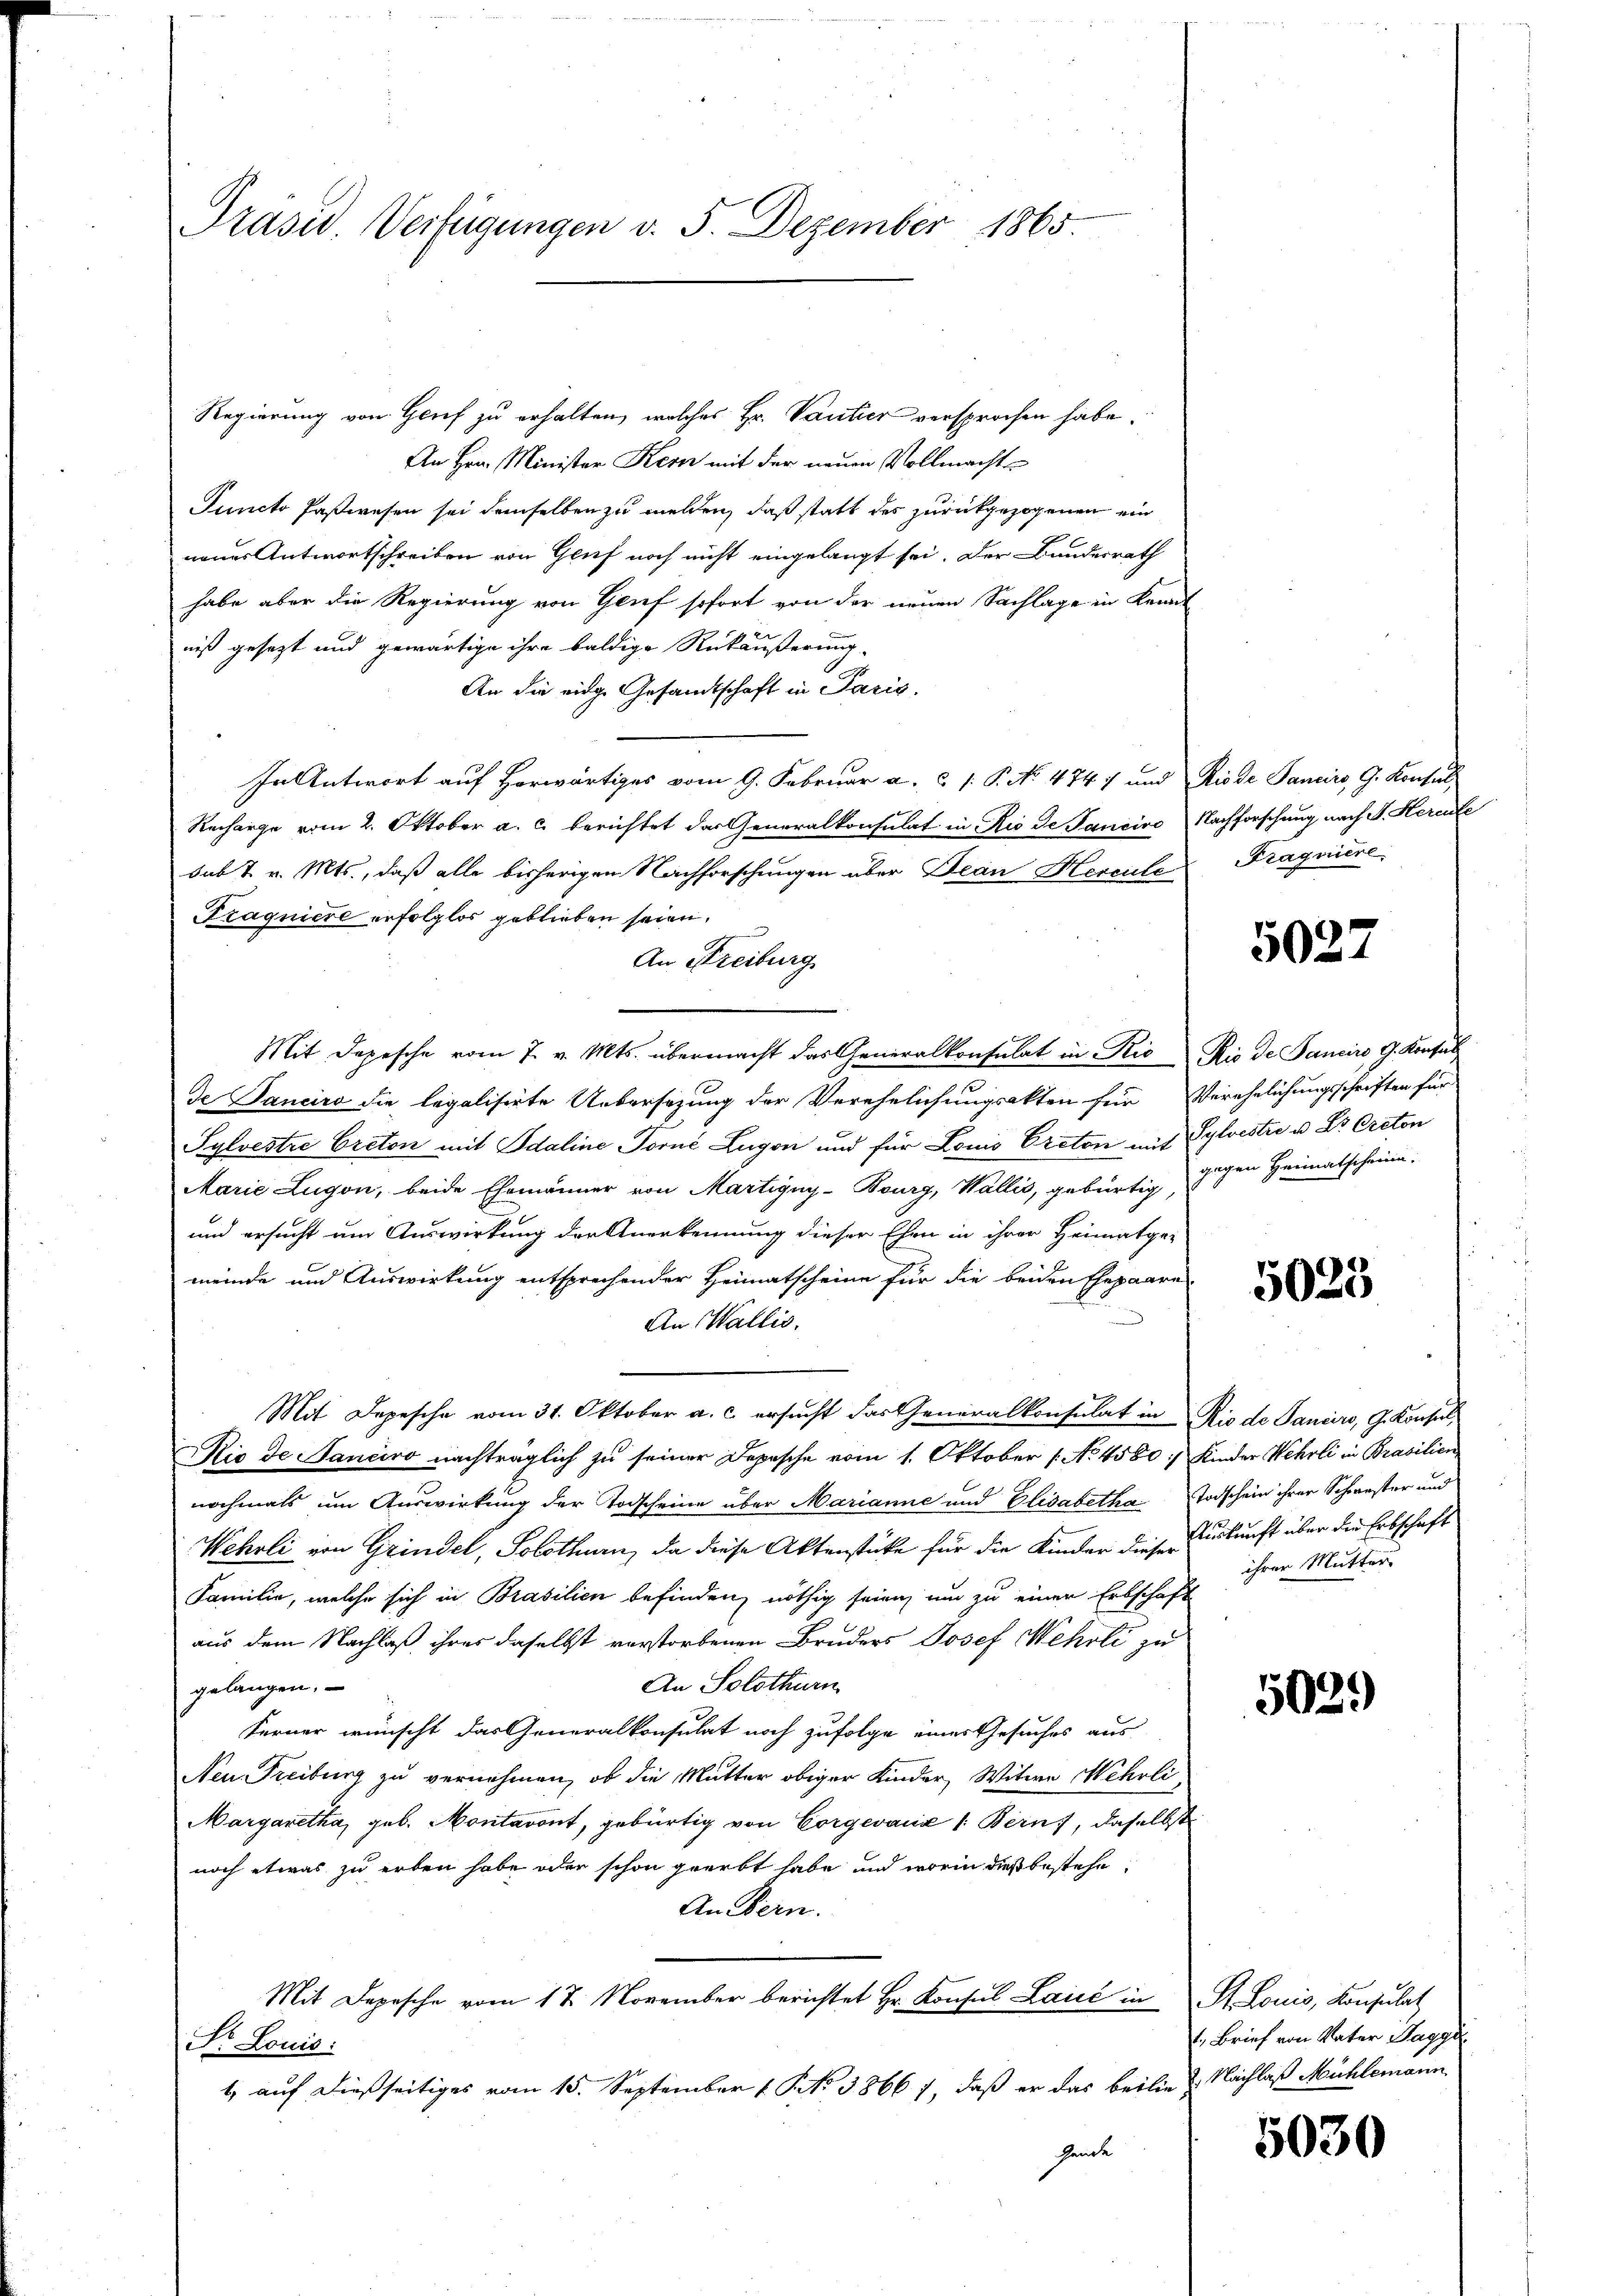
Präsid. Verfügungen v. 5. Dezember 1865.

Regierung von Grief zu erhalten, welches Hr. Vantier versprochen habe.
An Hrn. Minister Kern mit der neuen Vollmachte
Puncto Paßwesen sei demselben zu melden, daß statt des zurückgezogenen ein
neuer Antwortschreiben von Gruf noch nicht eingelangt sei. Der Bundesrath
habe aber die Regierung von Grief sofort von der neuen Sachlage in Kennt
niß gesetzt und gewärtige ihre baldige Rückäußerung
An die eige Gesandtschaft in Paris.
In Antwort auf Herwärtiges vom 9. Februar a. c. /: P. No. 4747 und Riode Sancirs, G. Konsul¬
Recharge vom 2. Oktober a. c. berichtet der Generalkonsulat in Rio de Panciro Nachforschung nach F. Herute
sub t v. Mts., daß alle bisherigen Nachforschungen über Dean Hercule
Tragniere erfolglos geblieben seien.
An Freiburg
Mit Depesche vom 7. v. Mts. übermacht das Generalkonsulat in Rio Rio de Pancirs, G. Konsul
de Sanciro die legalisirte Uebersezung der Verehelichungsakten für Verehelichungsschriften für
Sylvestre Creton mit Adaline Torné Lugon und für Louis Creton mit Sylvestie u. Dr Arcton
Marie Zugon, beide Ehemänner von Martigny-Bourg, Wallis, gebürtig, gegen Heimatscheine
und ersucht um Auswirkung der Anerkennung dieser Ehen in ihrer Heimatge-
meinde und Auswirkung entsprechender Heimatscheine für die beiden Ehepaare
An Wallis.
Mit Depesche vom 31. Oktober a. c. ersucht das Generalkonsulat in Rio de Sanciers, G. Konsul¬
Rio de Sanciro nachträglich zu seiner Depesche vom 1. Oktober [No 4580: Kinder Wehrli in Brasilien
nochmals um Auswirkung der Todscheine über Marianne und Elisabetha Todschein ihrer Schwester und
Wehrli von Grindel, Solothurn, da diese Aktenstücke für die Kinder dieser Auskunft über die Erbschaft
Familie, welche sich in Brasilien befinden, nöthig seien um zu einen Erbschaft
aus dem Nachlaß ihres daselbst verstorbenen Bruders Josef Wehrli zu
An Solothurn
gelangen.
Ferner wünscht das Generalkonsulat noch zufolge einer Gesuches aus
Nen Freiburg zu vernehmen, ob die Mutter obiger Kinder, Witwe Wehrli,
Margaretha, geb. Montarent, gebürtig von Corgevanić 1: Bern, daselbst
noch etwas zu erben habe oder schon grerbt habe, und worin dieß bestehe,
An Bern.
Mit Depesche vom 18. November berichtet Hr. Konsul Laić in St. Louis, Konsulat
St. Louis:
1) auf dießseitiges vom 15. September 1 S. No 38667, daß er das beilie Nachlaß Mühlemann
hende

Fragniere

5027

5023

ihrer Mutter

5029

1. Brief von Vater Tagge

5030